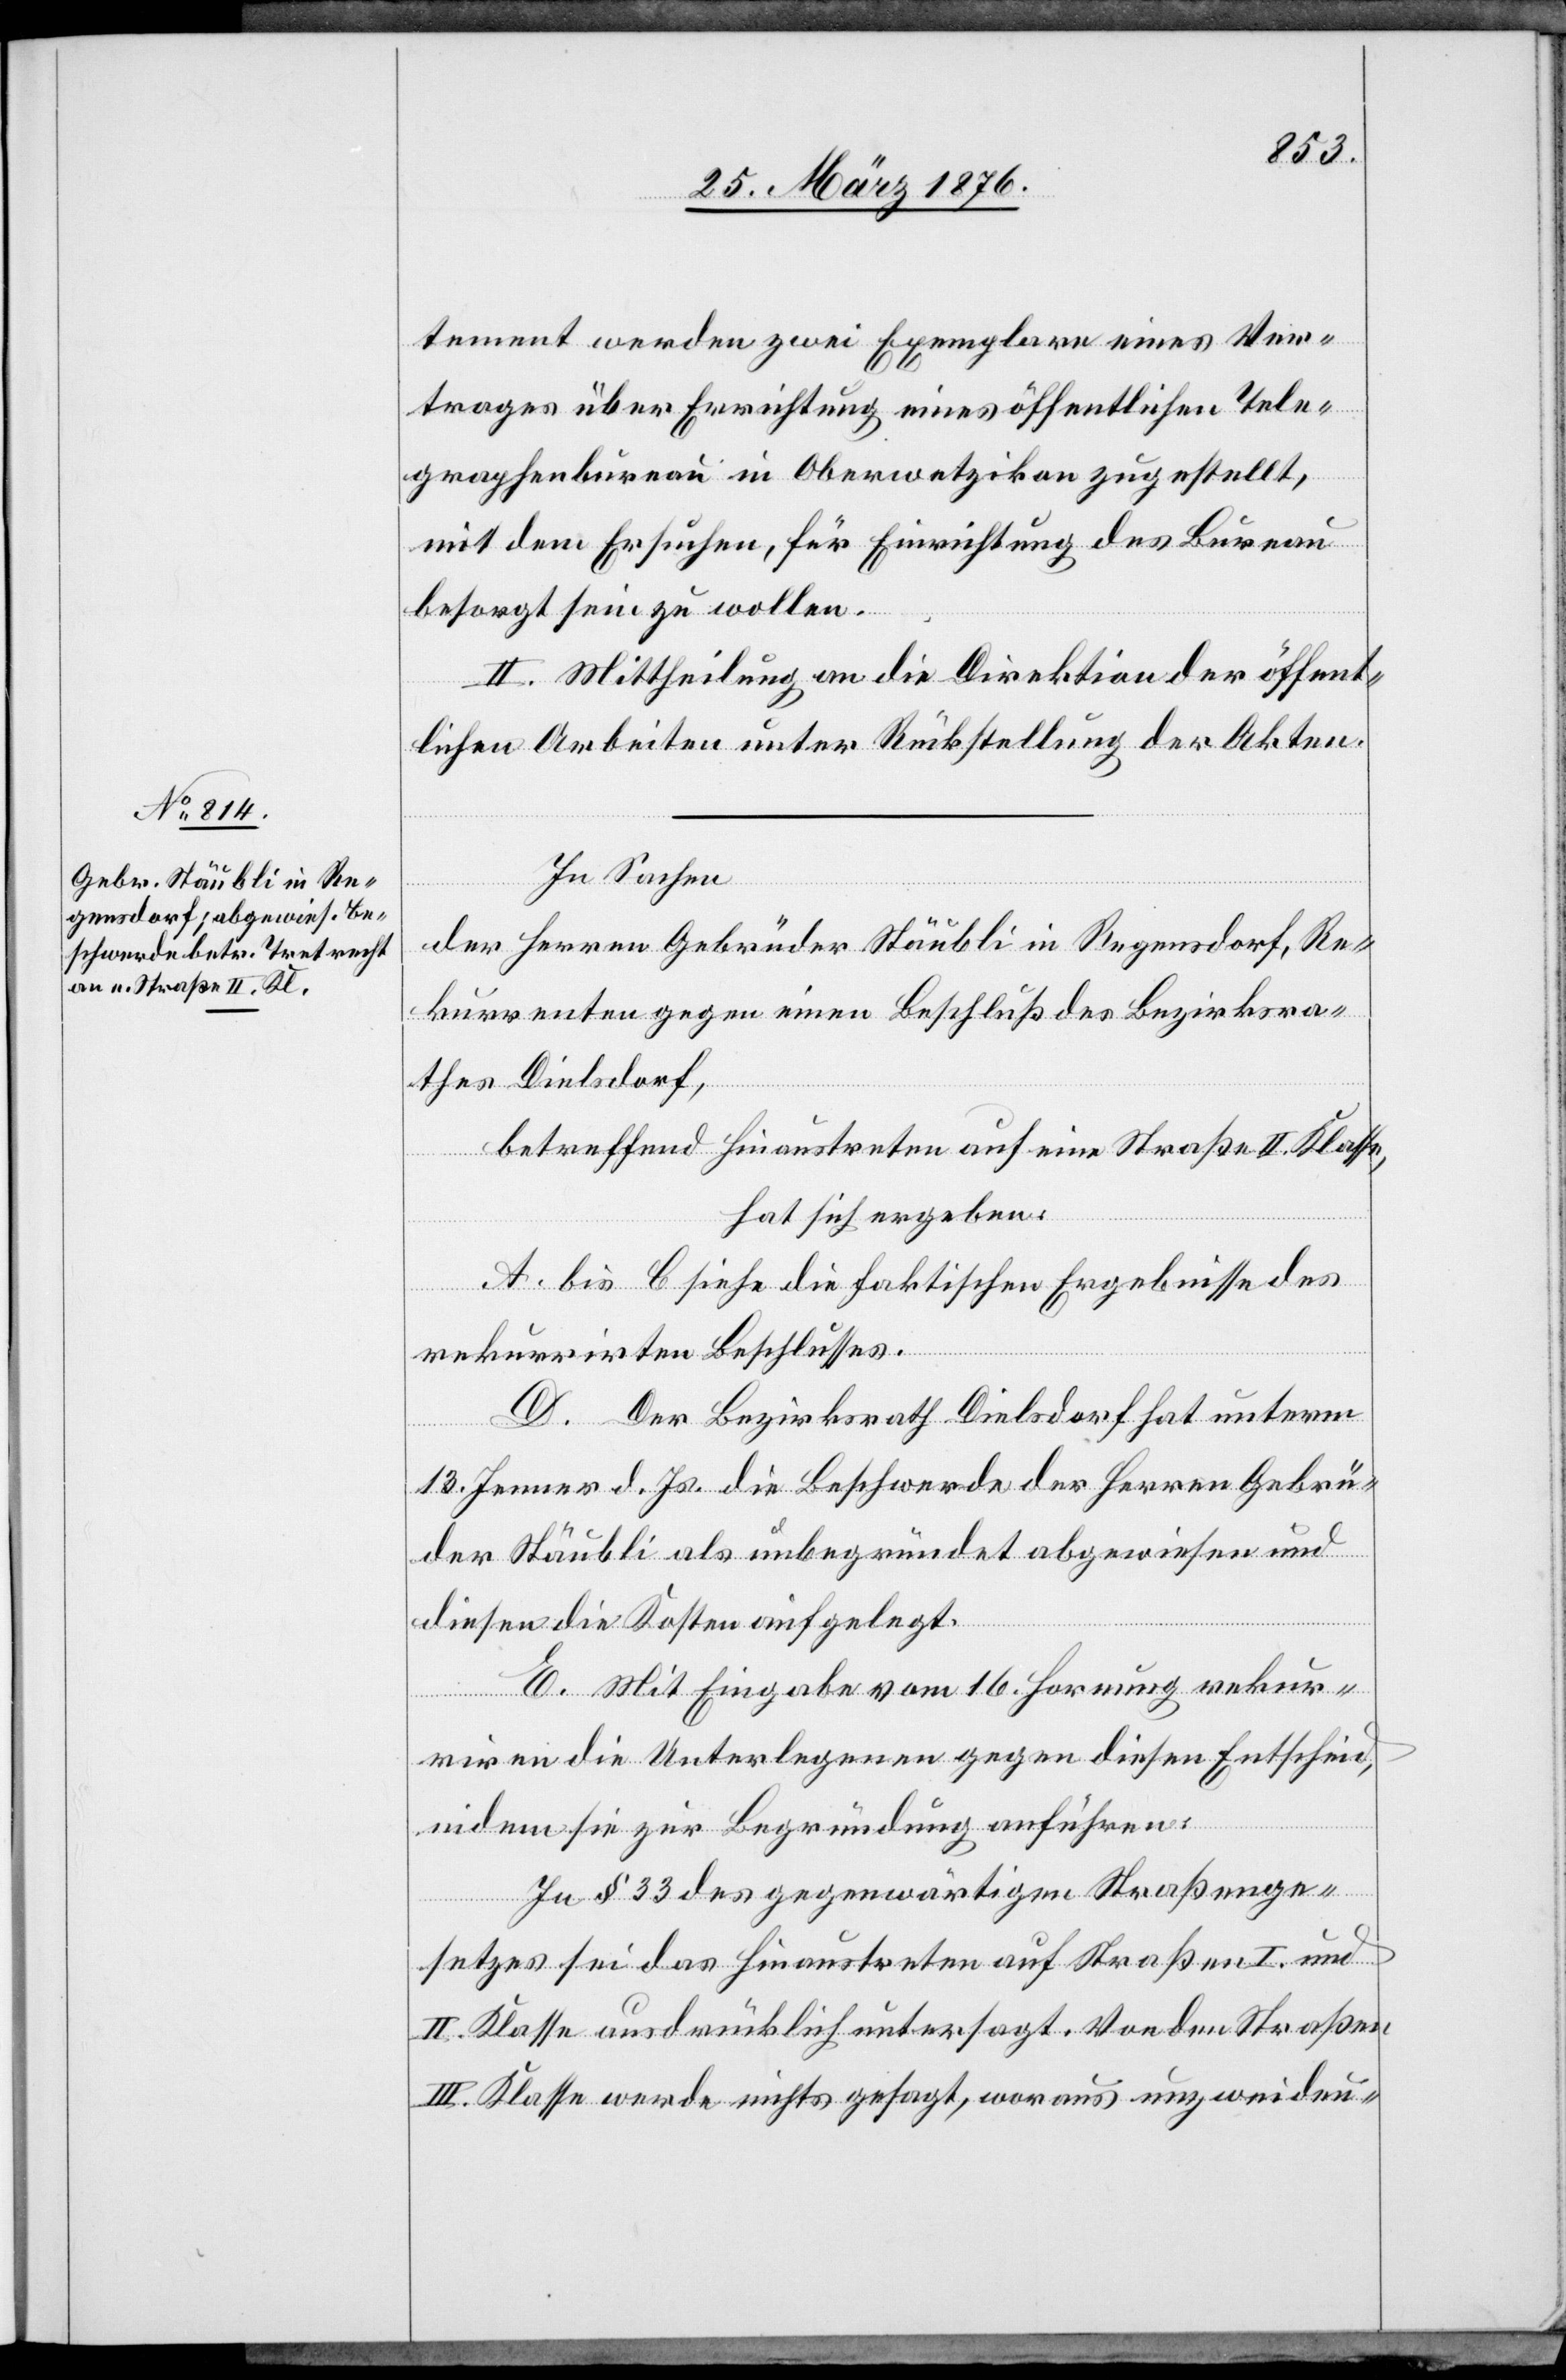
tement werden zwei Exemplare eines Ver¬
trages über Errichtung eines öffentlichen Tele¬
graphenbureau in Oberwetzikon zugestellt,
mit dem Ersuchen, für Einrichtung des Bureau
besorgt sein zu wollen.
II. Mittheilung an die Direktion der öffent¬
lichen Arbeiten unter Rückstellung der Akten.
In Sachen
der Herren Gebrüder Stäubli in Regensdorf, Re¬
kurrenten gegen einen Beschluß des Bezirksra¬
thes Dielsdorf,
betreffend Hinaustreten auf eine Straße II. Klasse,
hat sich ergeben:
A. bis C. siehe die faktischen Ergebnisse des
rekurrirten Beschlusses.
D. Der Bezirksrath Dielsdorf hat unterm
13. Jenner d. Js. die Beschwerde der Herren Gebrü¬
der Stäubli als unbegründet abgewiesen und
diesen die Kosten aufgelegt.
E. Mit Eingabe vom 16. Hornung rekur¬
riren die Unterlegenen gegen diesen Entscheid,
indem sie zur Begründung anführen:
In § 33 des gegenwärtigen Straßenge¬
setzes sei das Hinaustreten auf Straßen I. und
II. Klasse ausdrücklich untersagt. Von den Straßen
III. Klasse werde nichts gesagt, woraus unzweideu-